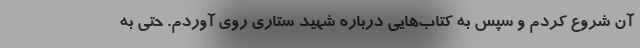
آن شروع کردم و سپس به کتاب‌هایی درباره شهید ستاری روی آوردم. حتی به